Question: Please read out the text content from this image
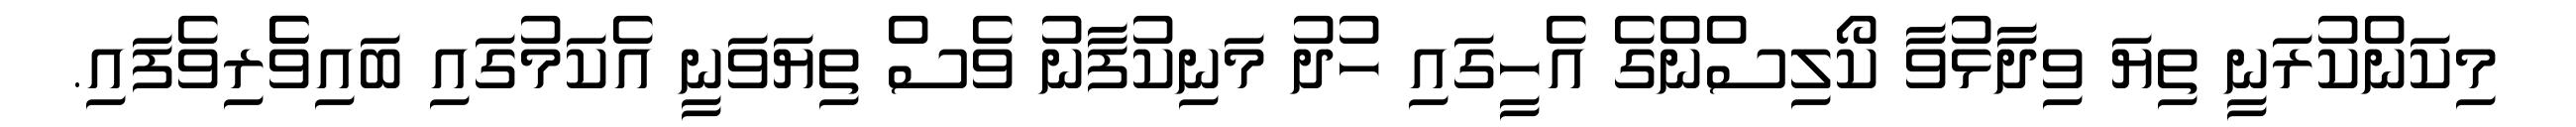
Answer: މިކަންކުރަނީ ތިޔަ ވިދާޅުވާ ކޯލިސްންގެ އެހީގައި ހުދު މަނިކުފާނު ވެސް ތިޔަވަނީ އެކަމުގައި ބައިވެެރިވެފައި.